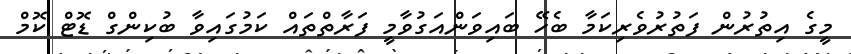
މީގެ އިތުރުން ފަތުރުވެރިކަމާ ބެހޭ ބައިވަންއަގުވާމީ ފަރާތްތައް ކަމުގައިވާ ބުކިންގް ޑޮޓް ކޮމް